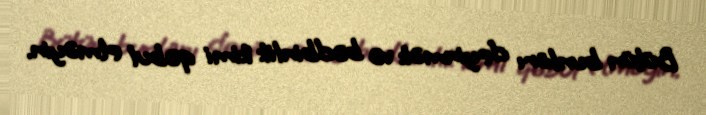
Bütün bunları deyinmək və bədbinlik kimi qəbul etməyin.